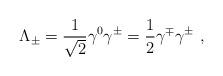
LaTeX: \begin{align*}\Lambda_{\pm} = \frac{1}{\sqrt{2}} \gamma^0 \gamma^{\pm} =\frac{1}{2} \gamma^\mp \gamma^{\pm}\ ,\end{align*}